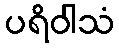
ပရိဝါသံ